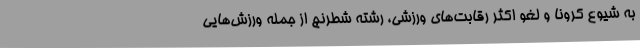
به شیوع کرونا و لغو اکثر رقابت‌های ورزشی، رشته شطرنج از جمله ورزش‌هایی